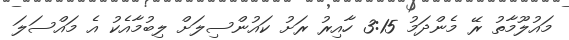
މައުލޫމާތު ރޭ މެންދަމު 3:15 ހާއިރު ރަށު ކައުންސިލަށް ލިބުމާއެކު އެ މައްސަލަ